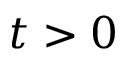
t > 0